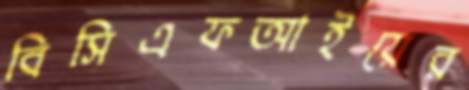
বিসিএফআইয়ের